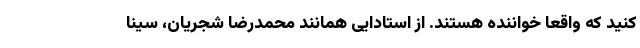
کنید که واقعا خواننده هستند. از استادایی همانند محمدرضا شجریان، سینا